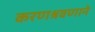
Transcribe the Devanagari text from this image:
करणश्रवणाने